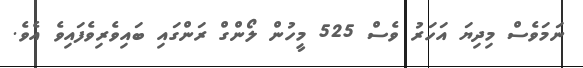
ނަމަވެސް މިދިޔަ އަހަރު ވެސް 525 މީހުން ލޯންގް ރަންގައި ބައިވެރިވެފައިވެ އެވެ.